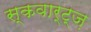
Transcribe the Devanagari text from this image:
स्कवार्ट्ज़